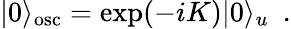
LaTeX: |0\rangle_{\mathrm{osc}}=\exp(-iK)|0\rangle_{u}\ \ .